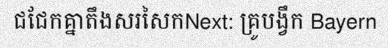
ជជែកគ្នាតឹងសរសៃកNext: គ្រូបង្វឹក Bayern